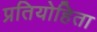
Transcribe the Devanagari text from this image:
प्रतियोहिता